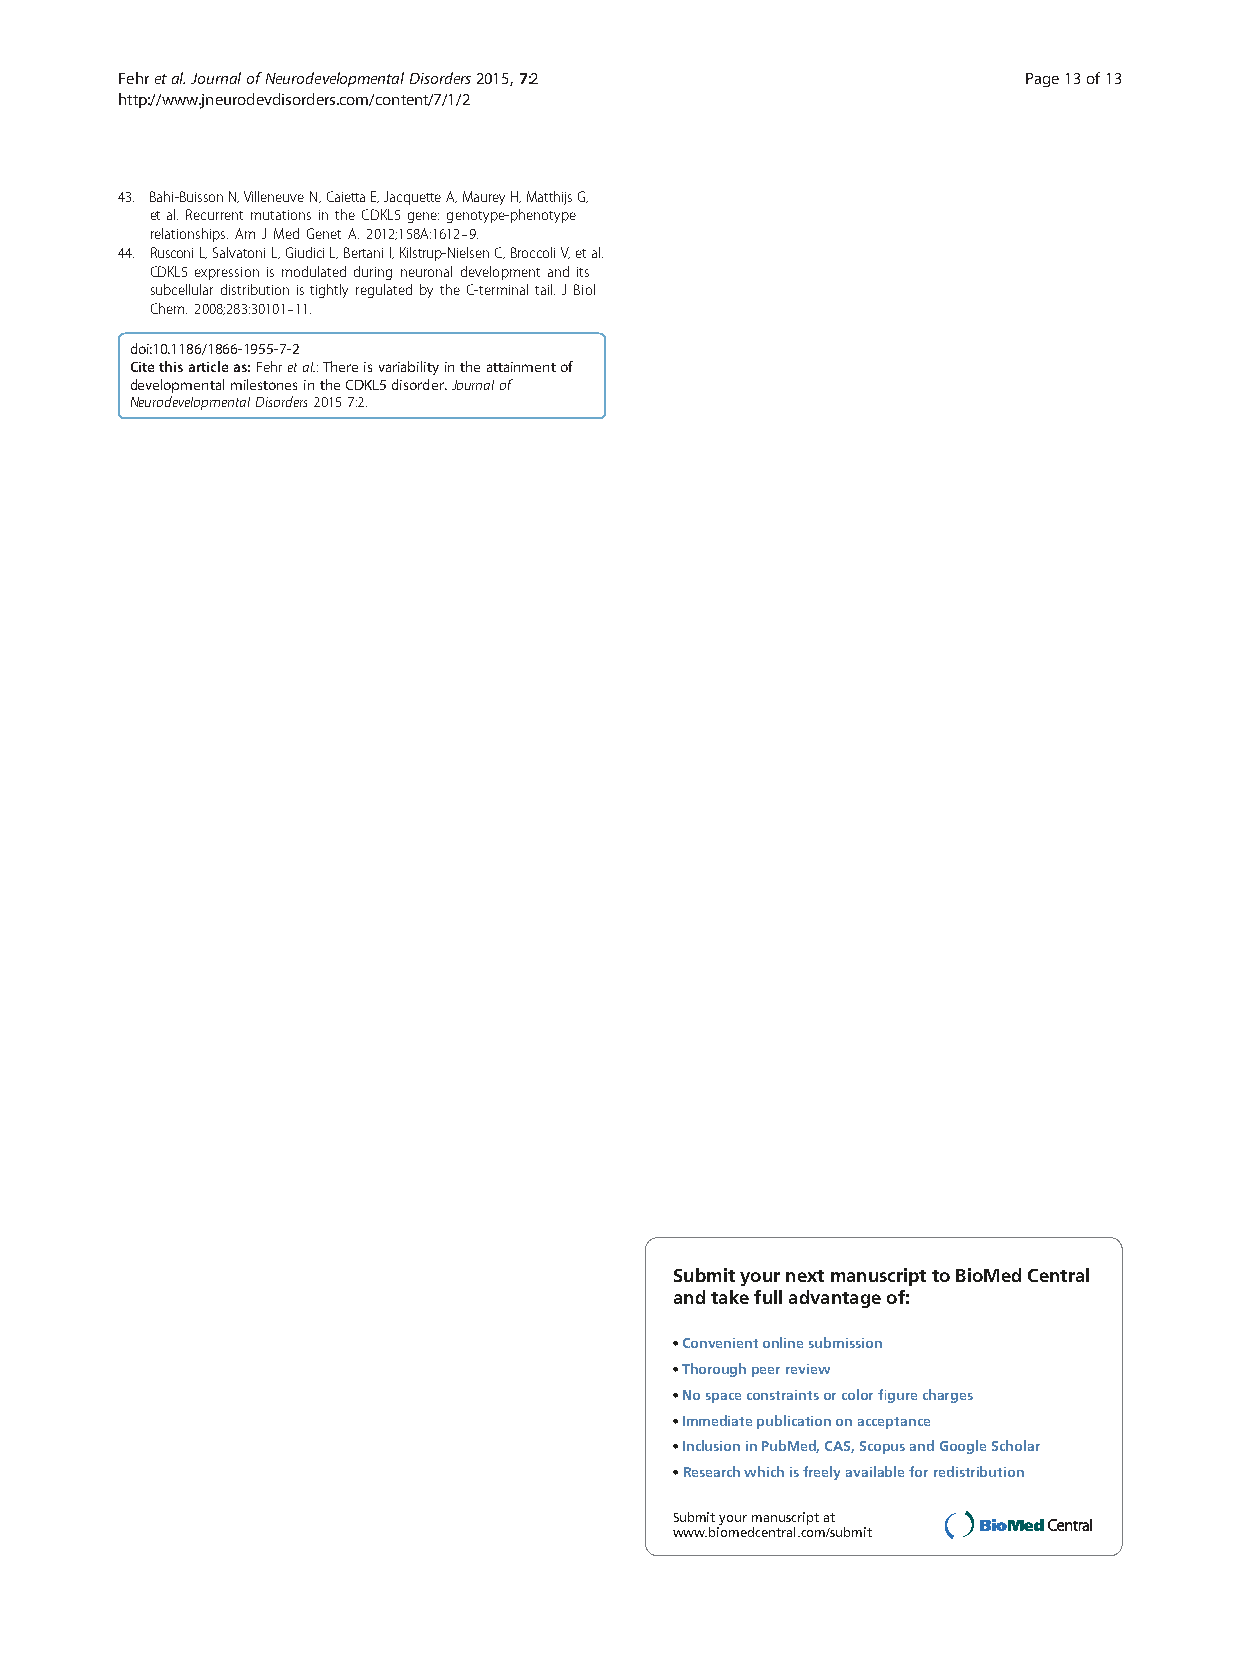
Fehretal.JournalofNeurodevelopmentalDisorders2015,7:2       Page13of13
 http://www.jneurodevdisorders.com/content/7/1/2
 43. Bahi-BuissonN,VilleneuveN,CaiettaE,JacquetteA,MaureyH,MatthijsG,
 etal.RecurrentmutationsintheCDKL5gene:genotype-phenotype
 relationships.AmJMedGenetA.2012;158A:1612–9.
 44. RusconiL,SalvatoniL,GiudiciL,BertaniI,Kilstrup-NielsenC,BroccoliV,etal.
 CDKL5expressionis modulatedduringneuronaldevelopmentandits
 subcellulardistributionistightlyregulatedbytheC-terminaltail.JBiol
 Chem.2008;283:30101–11.
 doi:10.1186/1866-1955-7-2
 Citethisarticleas:Fehretal.:Thereisvariabilityintheattainmentof
 developmentalmilestonesintheCDKL5disorder.Journalof
 NeurodevelopmentalDisorders20157:2.
 Submit your next manuscript to BioMed Central
 and take full advantage of:
 • Convenient online submission
 • Thorough peer review
 • No space constraints or color figure charges
 • Immediate publication on acceptance
 • Inclusion in PubMed, CAS, Scopus and Google Scholar
 • Research which is freely available for redistribution
 Submit your manuscript at
 www.biomedcentral.com/submit